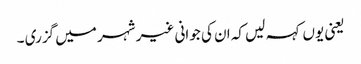
یعنی یوں کہہ لیں کہ ان کی جوانی غیر شہر میں گزری ۔